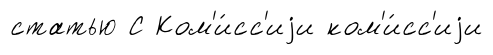
статью С Ком'и́сс'иjи ком'и́сс'иjи